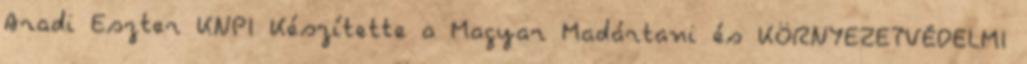
Aradi Eszter KNPI Készítette a Magyar Madártani és KÖRNYEZETVÉDELMI